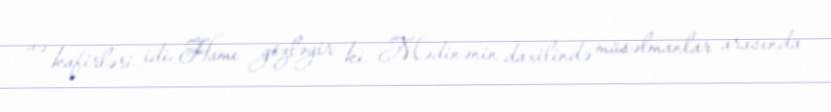
və kafirləri idi. Hamı gözləyir ki, Mədinənin daxilində müsəlmanlar arasında